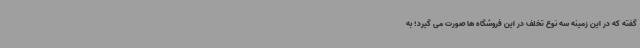
گفته که در این زمینه سه نوع تخلف در این فروشگاه ها صورت می گیرد؛ به